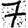
Digit: 7